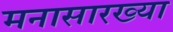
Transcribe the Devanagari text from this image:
मनासारख्या